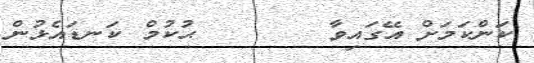
ކަންކަމަށް އޭގައިވާ       ޙުކުމް ކަނޑައެޅުން